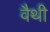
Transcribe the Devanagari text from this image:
वैथी